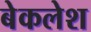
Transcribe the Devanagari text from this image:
बेकलेश